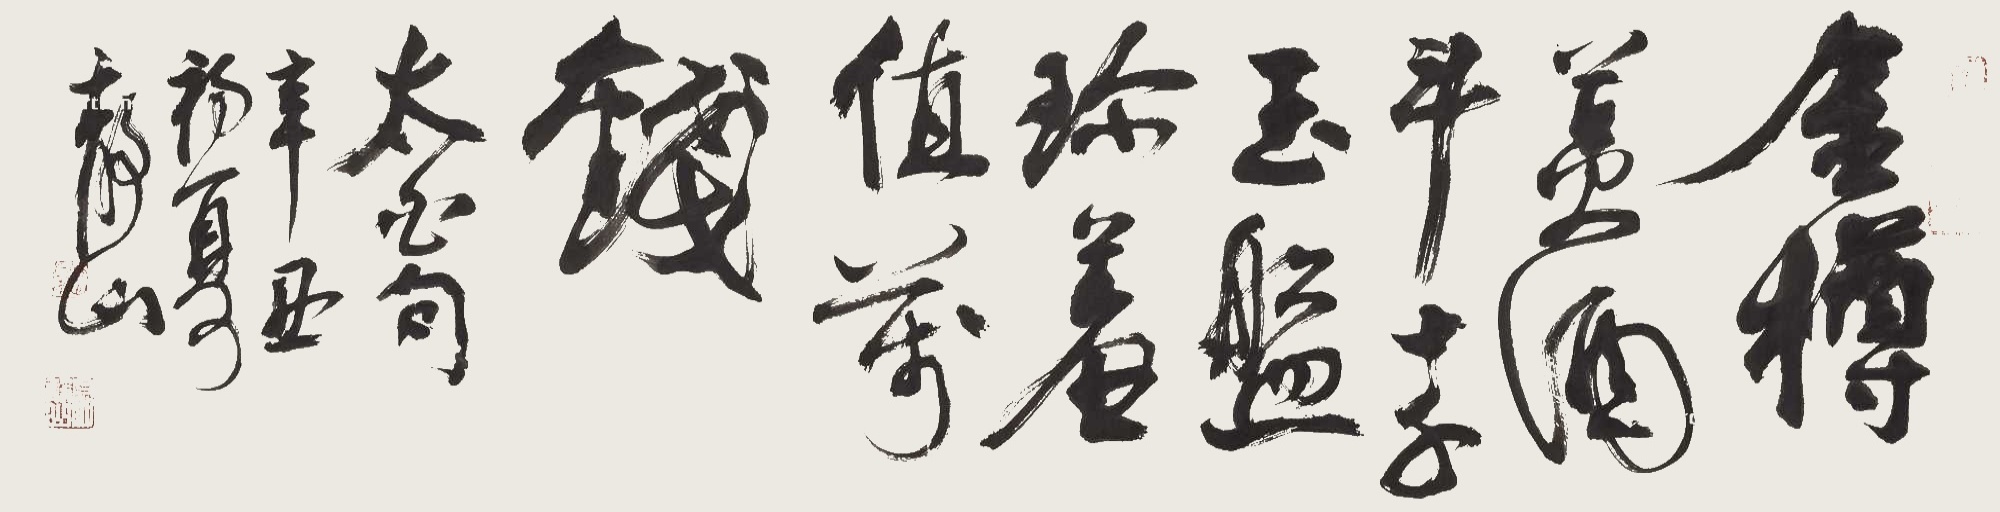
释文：金樽清酒斗十千，玉盘珍羞直万钱。太白句，辛丑初夏静山。